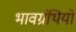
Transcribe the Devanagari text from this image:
भावग्रंथियों